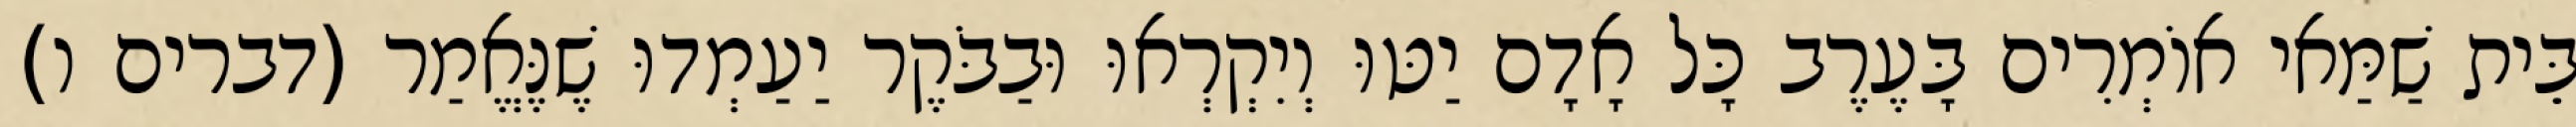
בֵּית שַׁמַּאי אוֹמְרִים בָּעֶרֶב כָּל אָדָם יַטּוּ וְיִקְרְאוּ וּבַבֹּקֶר יַעַמְדוּ שֶׁנֶּאֱמַר (דברים ו)